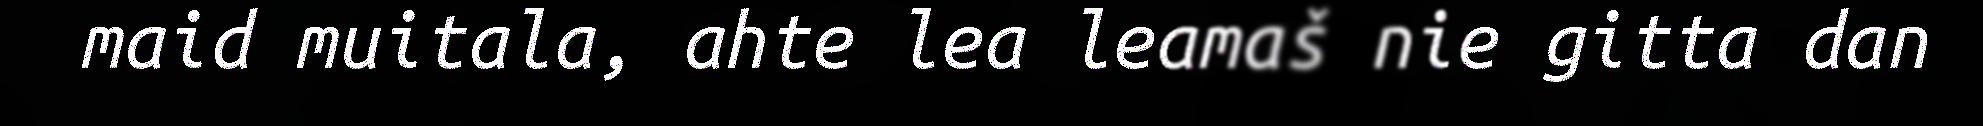
maid muitala, ahte lea leamaš nie gitta dan